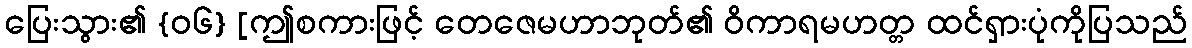
ပြေးသွား၏ {၀၆} [ဤစကားဖြင့် တေဇေမဟာဘုတ်၏ ဝိကာရမဟတ္တ ထင်ရှားပုံကိုပြသည်